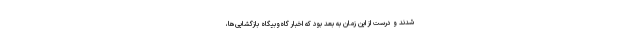
شدند و درست از این زمان به بعد بود که اخبار گاه‌وبیگاه بازگشایی‌ها،